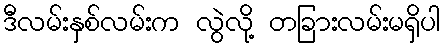
ဒီလမ်းနှစ်လမ်းက လွဲလို့ တခြားလမ်းမရှိပါ